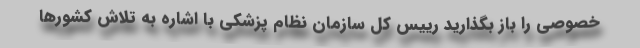
خصوصی را باز بگذارید رییس کل سازمان نظام پزشکی با اشاره به تلاش کشورها